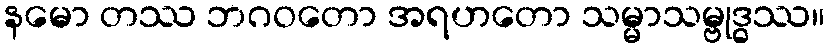
နမော တဿ ဘဂဝတော အရဟတော သမ္မာသမ္ဗုဒ္ဓဿ။